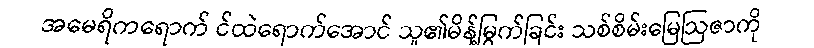
အမေရိကရောက် င်ထဲရောက်အောင် သူ၏မိန့်မြွက်ခြင်း သစ်စိမ်းမြေဩဇာကို